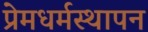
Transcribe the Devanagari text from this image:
प्रेमधर्मस्थापन